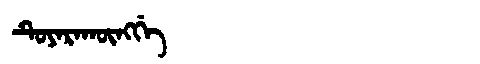
Manchu: ᡨᡠᠶᠠᡵᠠᡴᡡᠩᡤᡝ
Romanization: TUYARAKŪNGGE